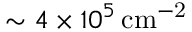
\sim 4 \times 1 0 ^ { 5 } \, \mathrm { c m ^ { - 2 } }